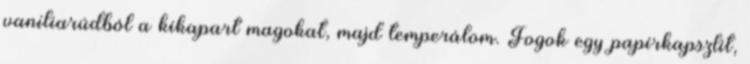
vaníliarúdból a kikapart magokat, majd temperálom. Fogok egy papírkapszlit,